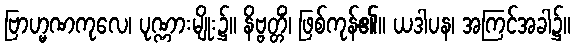
ဗြာဟ္မဏကုလေ၊ ပုဏ္ဏားမျိုး၌။ နိဗ္ဗတ္တိံ၊ ဖြစ်ကုန်၏။ ယဒါပန၊ အကြင်အခါ၌။